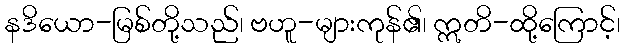
နဒိယော-မြစ်တို့သည်၊ ဗဟူ-များကုန်၏၊ ဣတိ-ထို့ကြောင့်၊